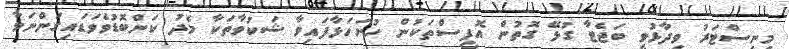
މިނިސްޓަރު ވިދާޅުވީ ބަޖެޓާ ގުޅޭ ގޮތުން އޮފީސްތަކުން ހުށަހަޅާފައިވާ ޝަކުވާތަކާ މެދު ކަންބޮޑުވެވަޑައިގަންނަވާ